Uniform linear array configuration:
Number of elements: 24
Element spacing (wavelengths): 0.25
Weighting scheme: kaiser
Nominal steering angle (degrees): -30
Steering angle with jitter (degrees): -29.695
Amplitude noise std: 0.05
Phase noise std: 0.05

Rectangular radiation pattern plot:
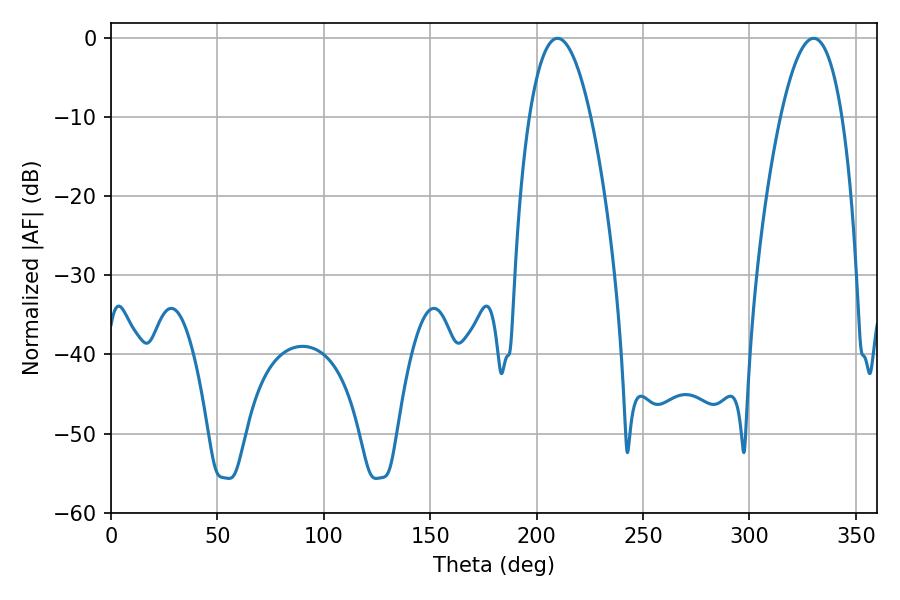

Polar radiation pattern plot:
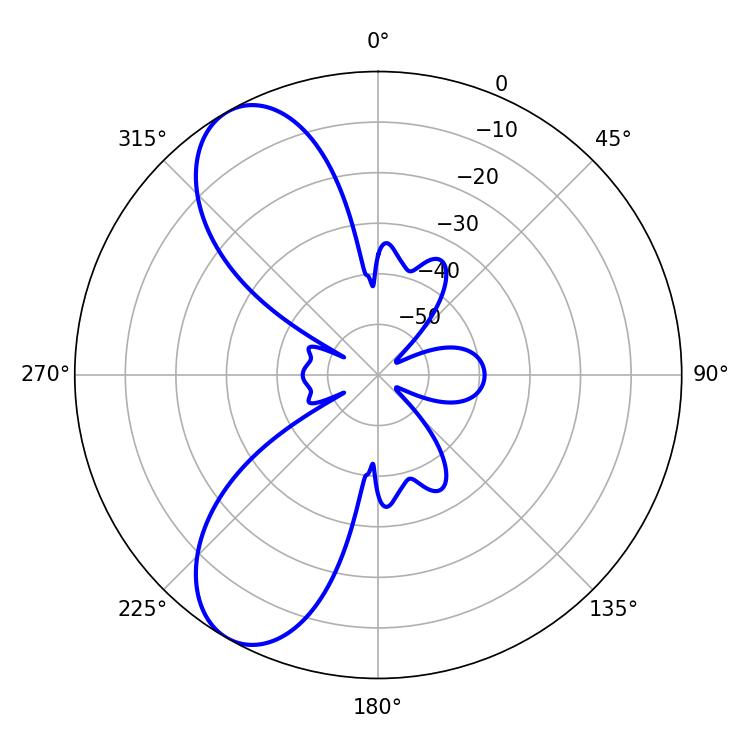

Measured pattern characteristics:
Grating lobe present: FALSE
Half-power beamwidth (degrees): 16.02
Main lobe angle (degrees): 209.88